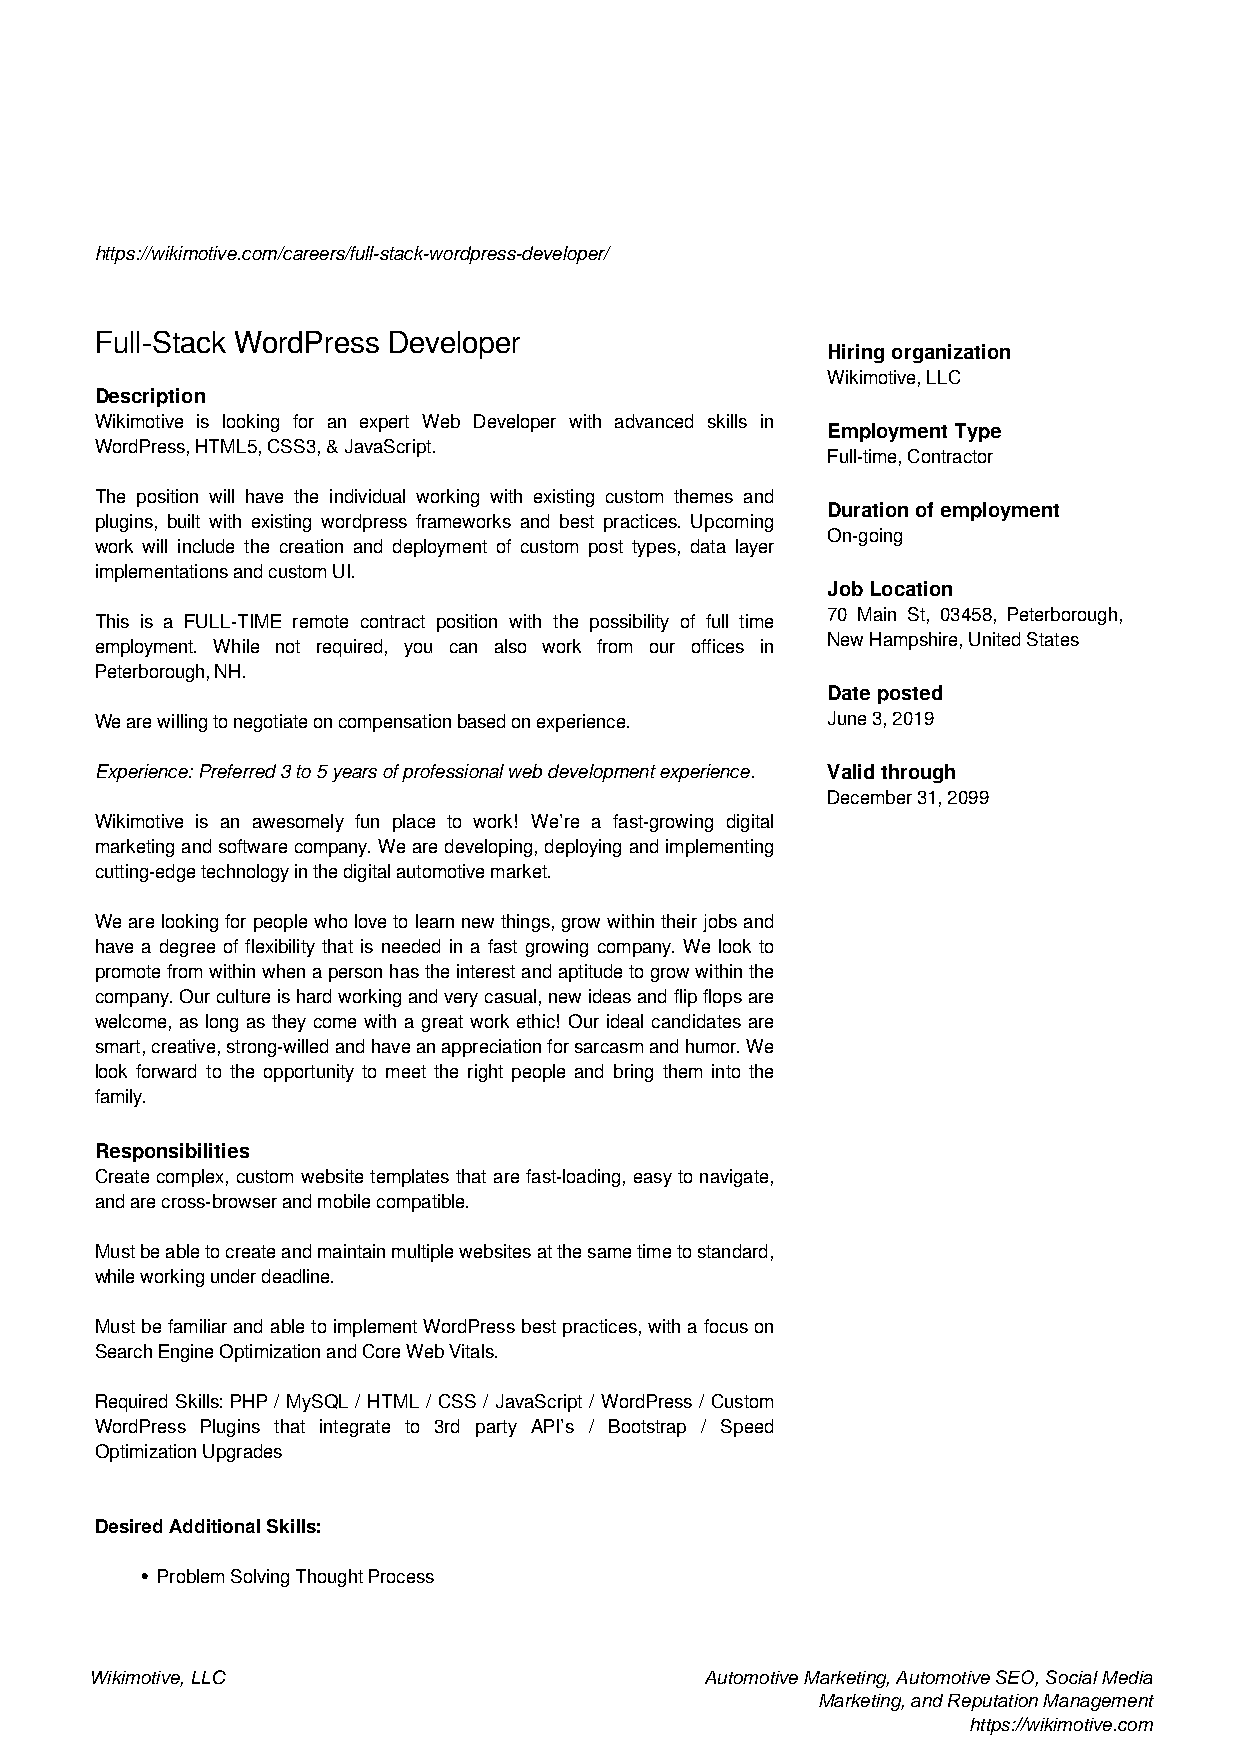
https://wikimotive.com/careers/full-stack-wordpress-developer/
 Full-Stack WordPress Developer
 Hiring organization
 Wikimotive, LLC
 Description
 Wikimotive is looking for an expert Web Developer with advanced skills in
 Employment Type
 WordPress, HTML5, CSS3, & JavaScript.
 Full-time, Contractor
 The position will have the individual working with existing custom themes and
 Duration of employment
 plugins, built with existing wordpress frameworks and best practices. Upcoming
 On-going
 work will include the creation and deployment of custom post types, data layer
 implementations and custom UI.
 Job Location
 70 Main St, 03458, Peterborough,
 This is a FULL-TIME remote contract position with the possibility of full time
 New Hampshire, United States
 employment. While not required, you can also work from our offices in
 Peterborough, NH.
 Date posted
 We are willing to negotiate on compensation based on experience. June 3, 2019
 Experience: Preferred 3 to 5 years of professional web development experience. Valid through
 December 31, 2099
 Wikimotive is an awesomely fun place to work! We’re a fast-growing digital
 marketingandsoftwarecompany.Wearedeveloping,deployingandimplementing
 cutting-edge technology in the digital automotive market.
 Wearelookingforpeoplewholovetolearnnewthings,growwithintheirjobsand
 have a degree of flexibility that is needed in a fast growing company. We look to
 promotefromwithinwhenapersonhastheinterestandaptitudetogrowwithinthe
 company.Ourcultureishardworkingandverycasual,newideasandflipflopsare
 welcome, as long as they come with a great work ethic! Our ideal candidates are
 smart,creative,strong-willedandhaveanappreciationforsarcasmandhumor.We
 look forward to the opportunity to meet the right people and bring them into the
 family.
 Responsibilities
 Create complex, custom website templates that are fast-loading, easy to navigate,
 and are cross-browser and mobile compatible.
 Mustbeabletocreateandmaintainmultiplewebsitesatthesametimetostandard,
 while working under deadline.
 MustbefamiliarandabletoimplementWordPressbestpractices,withafocuson
 Search Engine Optimization and Core Web Vitals.
 Required Skills: PHP / MySQL / HTML / CSS / JavaScript / WordPress / Custom
 WordPress Plugins that integrate to 3rd party API’s / Bootstrap / Speed
 Optimization Upgrades
 Desired Additional Skills:
 Problem Solving Thought Process
 Wikimotive, LLC                          Automotive Marketing, Automotive SEO, Social Media
 Marketing, and Reputation Management
 https://wikimotive.com